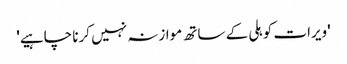
'ویرات کوہلی کے ساتھ موازنہ نہیں کرنا چاہیے'